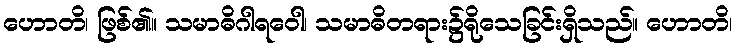
ဟောတိ၊ ဖြစ်၏။ သမာဓိဂါရဝေါ၊ သမာဓိတရား၌ရိုသေခြင်းရှိသည်။ ဟောတိ၊